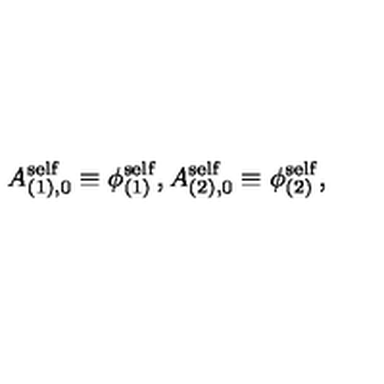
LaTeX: A _ { ( 1 ) , 0 } ^ { \mathrm { s e l f } } \equiv { \phi } _ { ( 1 ) } ^ { \mathrm { s e l f } } , A _ { ( 2 ) , 0 } ^ { \mathrm { s e l f } } \equiv { \phi } _ { ( 2 ) } ^ { \mathrm { s e l f } } ,